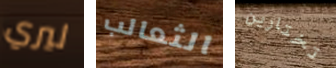
ليري الثعالب تختارين